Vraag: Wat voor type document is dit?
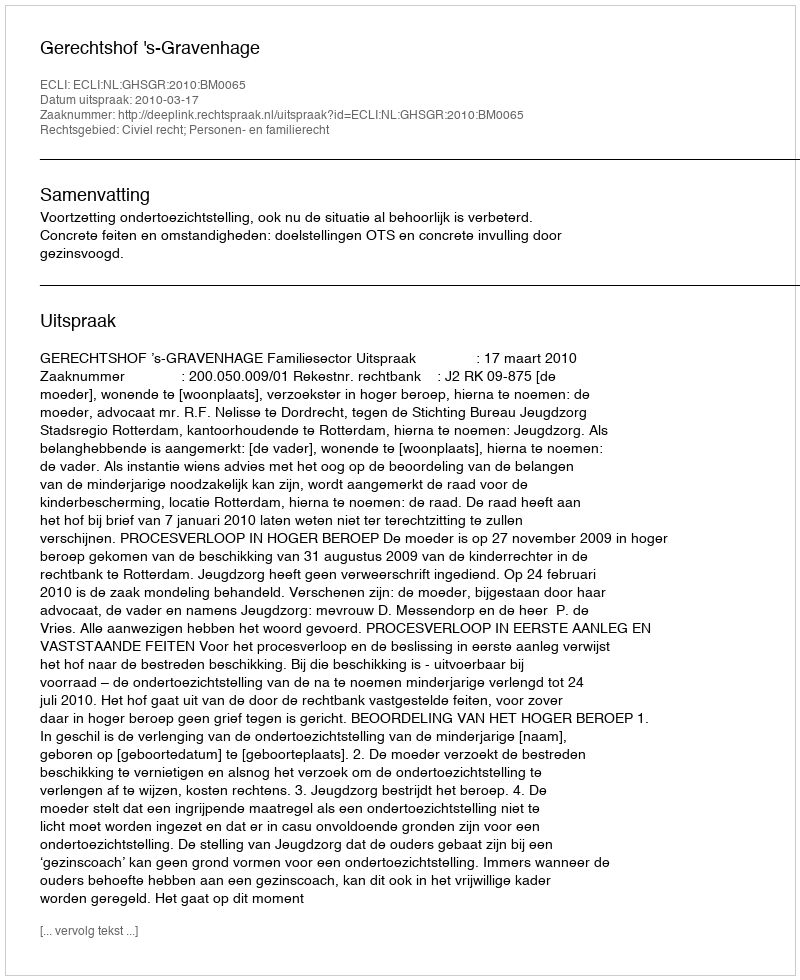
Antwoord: Uitspraak